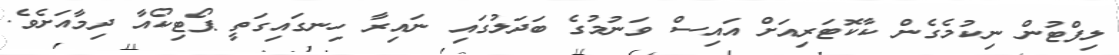
ލިފްޓުން ނިކުމެގެން ކާކޮޓަރިއަށް އައިސް ވަނުމުގެ ބަދަލުގައި ނައިރާ ހިނގައިގަތީ ޕޯޓިކޯއާ ދިމާއަށެވެ.